Vaccination in Bombay 1874-1876 - 1874-1876
Year: 1874
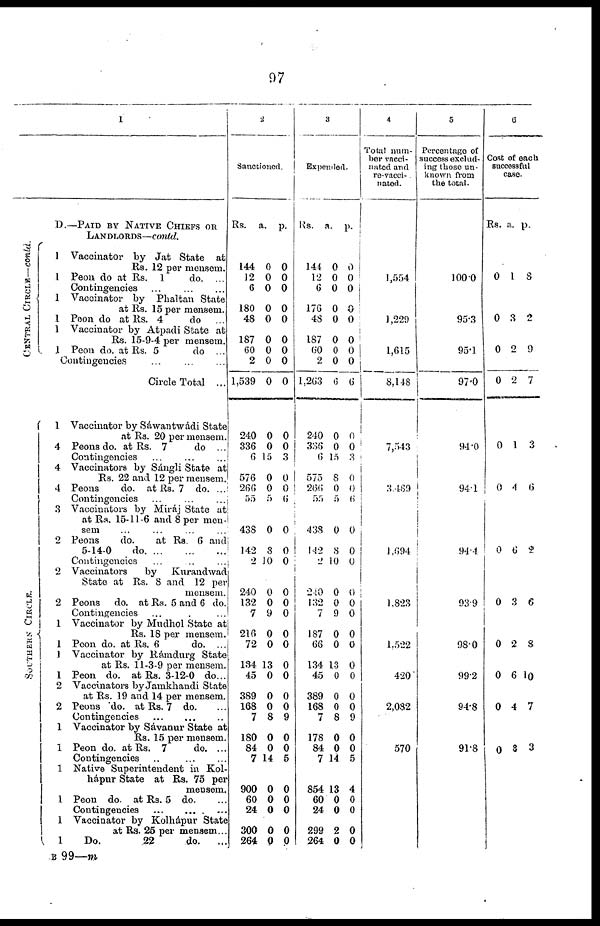
97
1
D.—PAID BY NATIVE CHIEFS OR
LANDLORDS—contd.
CENTRAL CIRCLE—contd.
SOUTHERN CIRCLE.
1 Vaccinator by Jat State at
Rs. 12 per mensem.
1 Peon do at Rs. 1
do. ...
Contingencies ... ... ...
1 Vaccinator by Phaltan State
at Rs. 15 per mensem.
1 Peon do at Rs. 4
do ...
1 Vaccinator by Atpadi State at
Rs. 15-9-4 per mensem.
1 Peon do. at Rs. 5
do ...
Contingencies
...
...
...
Circle Total ...
1 Vaccinator by Sáwantwádi State
at Rs. 20 per mensem.
4 Peons do. at Rs. 7
do ...
Contingencies
...
...
...
4 Vaccinators by Sángli State at
Rs. 22 and 12 per mensem.
4 Peons
do. at Rs. 7 do. ...
Contingencies ... ... ...
3 Vaccinators by Miráj State at
at Rs. 15-11-6 and 8 per men-
sem ... ... ... ...
2 Peons
do.
at Rs. 6 and
5-14-0
do. ... ... ...
Contingencies ... ... ...
2 Vaccinators
by
Kurandwad
State at Rs. 8 and 12 per
mensem.
2 Peons do. at Rs. 5 and 6 do.
Contingencies ... ...
1 Vaccinator by Mudhol State at
Rs. 18 per mensem.
1 Peon do. at Rs. 6
do. ...
1 Vaccinator by Rámdurg State
at Rs. 11-3-9 per mensem.
1 Peon do. at Rs. 3-12-0 do...
2 Vaccinators by Jamkhandi State
at Rs. 19 and 14 per mensem.
2 Peons do. at Rs. 7 do. ...
Contingencies ... ... ...
1 Vaccinator by Sávanur State at
Rs. 15 per mensem.
1 Peon do. at Rs. 7
do. ...
Contingencies ... ... ...
1 Native Superintendent in Kol¬
1
hápur State at Rs. 75 per
1
mensem.
1 Peon do. at Rs. 5 do. ...
Contingencies ... ... ...
1 Vaccinator by Kolhápur State
at Rs. 25 per mensem...
1
Do.
22
do. ...
2
Sanctioned.
Rs.
144
12
6
180
48
187
60
2
1,539
240
336
6
576
266
55
438
142
2
240
132
7
216
72
134
45
389
168
7
180
84
7
900
60
24
300
264
a.
0
0
0
0
0
0
0
0
0
0
0
15
0
0
5
0
8
10
0
0
9
0
0
13
0
0
0
8
0
0
14
0
0
0
0
0
p.
0
0
0
0
0
0
0
0
0
0
0
3
0
0
6
0
0
0
0
0
0
0
0
0
0
0
0
9
0
0
5
0
0
0
0
0
3
Expended.
Rs.
144
12
6
176
48
187
60
2
1,263
240
336
6
575
266
55
438
142
2
240
132
7
187
66
134
45
389
168
7
178
84
7
854
60
24
299
264
a.
0
0
0
0
0
0
0
0
0
0
0
15
8
0
5
0
8
10
0
0
9
0
0
13
0
0
0
8
0
0
14
13
0
0
2
0
p.
0
0
0
0
0
0
0
0
6
0
0
3
0
0
6
0
0
0
0
0
0
0
0
0
0
0
0
9
0
0
5
4
0
0
0
0
4
Total num-
ber vacci¬
nated and
re-vacci¬
nated.
1,554
1,229
1,615
8,148
7,543
3,469
1 ,694
1,823
1,522
420
2,082
570
5
Percentage of
success exclud-
ing those un-
known from
the total.
100.0
95.3
95.1
97.0
94.0
94.1
94.4
93.9
98.0
99.2
94.8
91.8
6
Cost of each
successful
case.
Rs. a. p.
0 1 8
0 3 2
0 2 9
0 2 7
0 1 3
0 4 6
0 6 2
0 3 6
0 2 8
0 6 10
0 4 7
0 8 3
B 99—m.